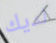
لديك